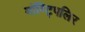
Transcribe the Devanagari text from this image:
मॉण्ट्पिलिर